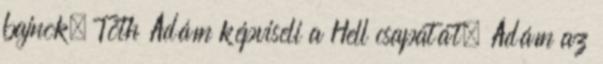
bajnok, Tóth Ádám képviseli a Hell csapatát. Ádám az